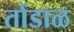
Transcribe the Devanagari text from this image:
तोंडाळ